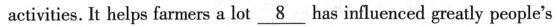
activities. It helps farmers a lot \underline{8} has influenced greatly people's